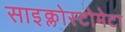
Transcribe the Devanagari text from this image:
साइक्लोस्टोमेटा